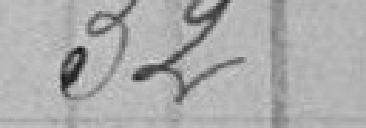
32,00